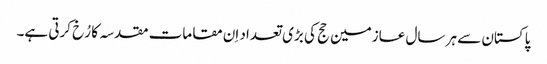
پاکستان سے ہر سال عازمین حج کی بڑی تعداد اِن مقامات مقدسہ کا رُخ کرتی ہے۔